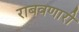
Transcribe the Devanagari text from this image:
राबवणारी